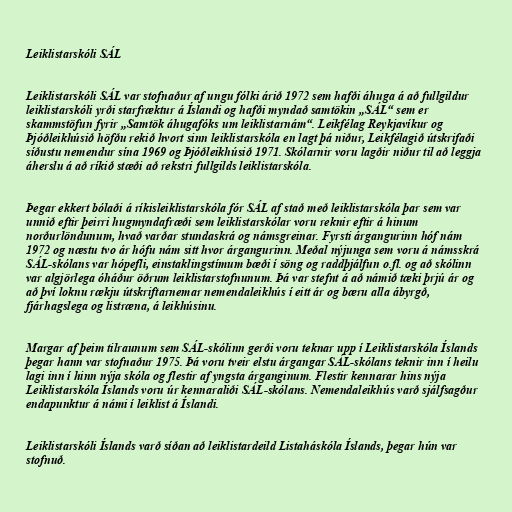
Leiklistarskóli SÁL

Leiklistarskóli SÁL var stofnaður af ungu fólki árið 1972 sem hafði áhuga á að fullgildur
leiklistarskóli yrði starfræktur á Íslandi og hafði myndað samtökin „SÁL“ sem er
skammstöfun fyrir „Samtök áhugafóks um leiklistarnám“. Leikfélag Reykjavíkur og
Þjóðleikhúsið höfðu rekið hvort sinn leiklistarskóla en lagt þá niður, Leikfélagið útskrifaði
síðustu nemendur sína 1969 og Þjóðleikhúsið 1971. Skólarnir voru lagðir niður til að leggja
áherslu á að ríkið stæði að rekstri fullgilds leiklistarskóla.

Þegar ekkert bólaði á ríkisleiklistarskóla fór SÁL af stað með leiklistarskóla þar sem var
unnið eftir þeirri hugmyndafræði sem leiklistarskólar voru reknir eftir á hinum
norðurlöndunum, hvað varðar stundaskrá og námsgreinar. Fyrsti árgangurinn hóf nám
1972 og næstu tvo ár hófu nám sitt hvor árgangurinn. Meðal nýjunga sem voru á námsskrá
SÁL-skólans var hópefli, einstaklingstímum bæði í söng og raddþjálfun o.fl. og að skólinn
var algjörlega óháður öðrum leiklistarstofnunum. Þá var stefnt á að námið tæki þrjú ár og
að því loknu rækju útskriftarnemar nemendaleikhús í eitt ár og bæru alla ábyrgð,
fjárhagslega og listræna, á leikhúsinu.

Margar af þeim tilraunum sem SÁL-skólinn gerði voru teknar upp í Leiklistarskóla Íslands
þegar hann var stofnaður 1975. Þá voru tveir elstu árgangar SÁL-skólans teknir inn í heilu
lagi inn í hinn nýja skóla og flestir af yngsta árganginum. Flestir kennarar hins nýja
Leiklistarskóla Íslands voru úr kennaraliði SÁL-skólans. Nemendaleikhús varð sjálfsagður
endapunktur á námi í leiklist á Íslandi.

Leiklistarskóli Íslands varð síðan að leiklistardeild Listaháskóla Íslands, þegar hún var
stofnuð.